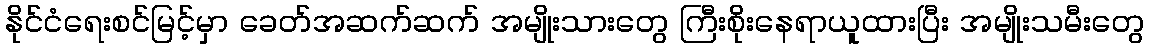
နိုင်ငံရေးစင်မြင့်မှာ ခေတ်အဆက်ဆက် အမျိုးသားတွေ ကြီးစိုးနေရာယူထားပြီး အမျိုးသမီးတွေ